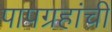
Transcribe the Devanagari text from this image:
पापग्रहांची